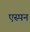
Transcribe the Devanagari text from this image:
एस्पन